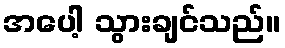
အပေါ့ သွားချင်သည်။